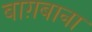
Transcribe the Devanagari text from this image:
बाग़बाना